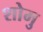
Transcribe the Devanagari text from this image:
शोमु